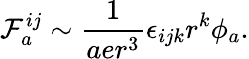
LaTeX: {\cal F}_{a}^{ij}\sim\frac{1}{aer^{3}}\epsilon_{ijk}r^{k}\phi_{a}.